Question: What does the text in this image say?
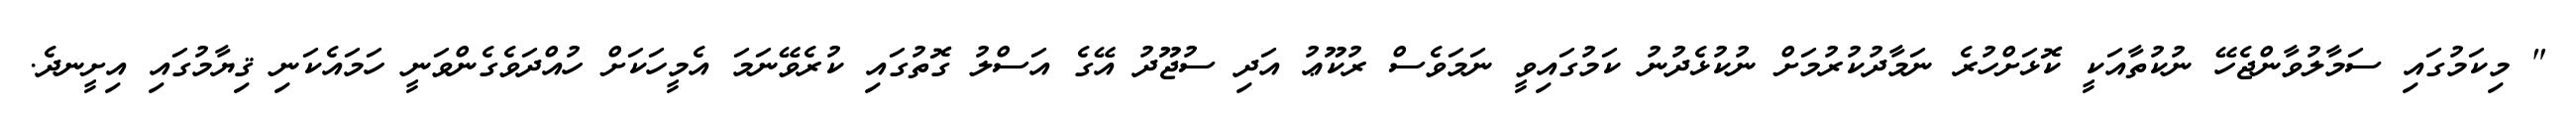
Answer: " މިކަމުގައި ސަމާލުވާންޖެހޭ ނުކުތާއަކީ ކޮޅަށްހުރެ ނަމާދުކުރުމަށް ނުކުޅެދުނު ކަމުގައިވީ ނަމަވެސް ރުކޫޢު އަދި ސުޖޫދު އޭގެ އަސްލު ގޮތުގައި ކުރެވޭނަމަ އެމީހަކަށް ހުއްދަވެގެންވަނީ ހަމައެކަނި ޤިޔާމުގައި އިށީނދެ.